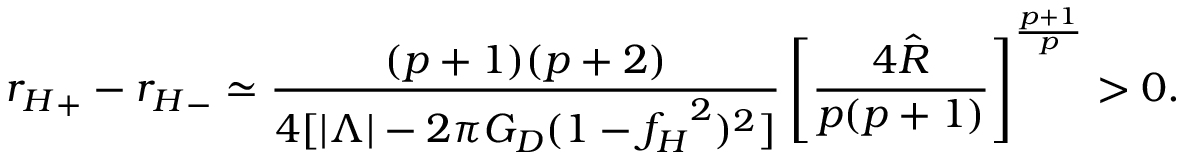
{ r _ { H } } _ { + } - { r _ { H } } _ { - } \simeq \frac { ( p + 1 ) ( p + 2 ) } { 4 [ | \Lambda | - 2 \pi G _ { D } ( 1 - { f _ { H } } ^ { 2 } ) ^ { 2 } ] } \left[ \frac { 4 \hat { R } } { p ( p + 1 ) } \right] ^ { \frac { p + 1 } { p } } > 0 .